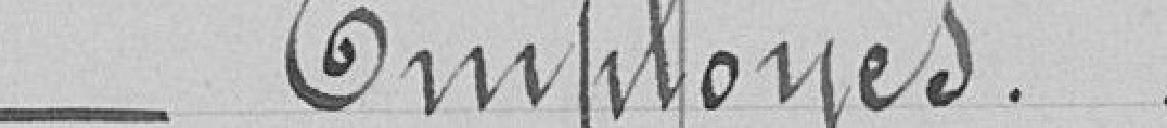
Employés